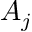
A _ { j }